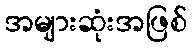
အများဆုံးအဖြစ်